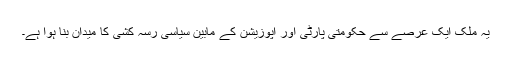
یہ ملک ایک عرصے سے حکومتی پارٹی اور اپوزیشن کے مابین سیاسی رسہ کشی کا میدان بنا ہوا ہے۔